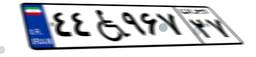
۴۴W۹۶۷۲۷